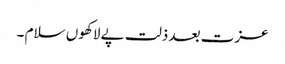
عزت بعد ذلت پے لاکھوں سلام ۔